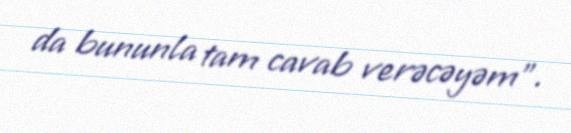
da bununla tam cavab verəcəyəm”.